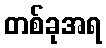
တစ်ခုအရ